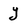
Character: y